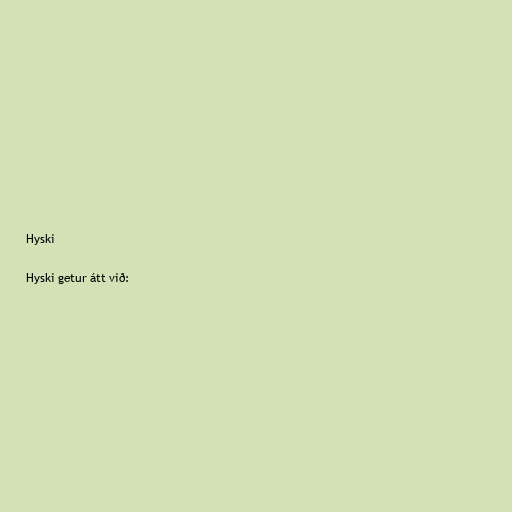
Hyski

Hyski getur átt við: